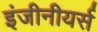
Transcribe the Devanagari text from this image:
इंजीनीयर्स